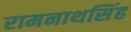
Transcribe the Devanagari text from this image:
रामनाथसिंह